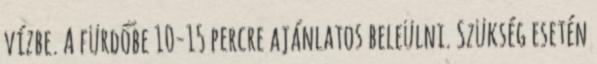
vízbe. A fürdőbe 10-15 percre ajánlatos beleülni. Szükség esetén